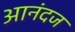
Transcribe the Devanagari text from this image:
आनंदज